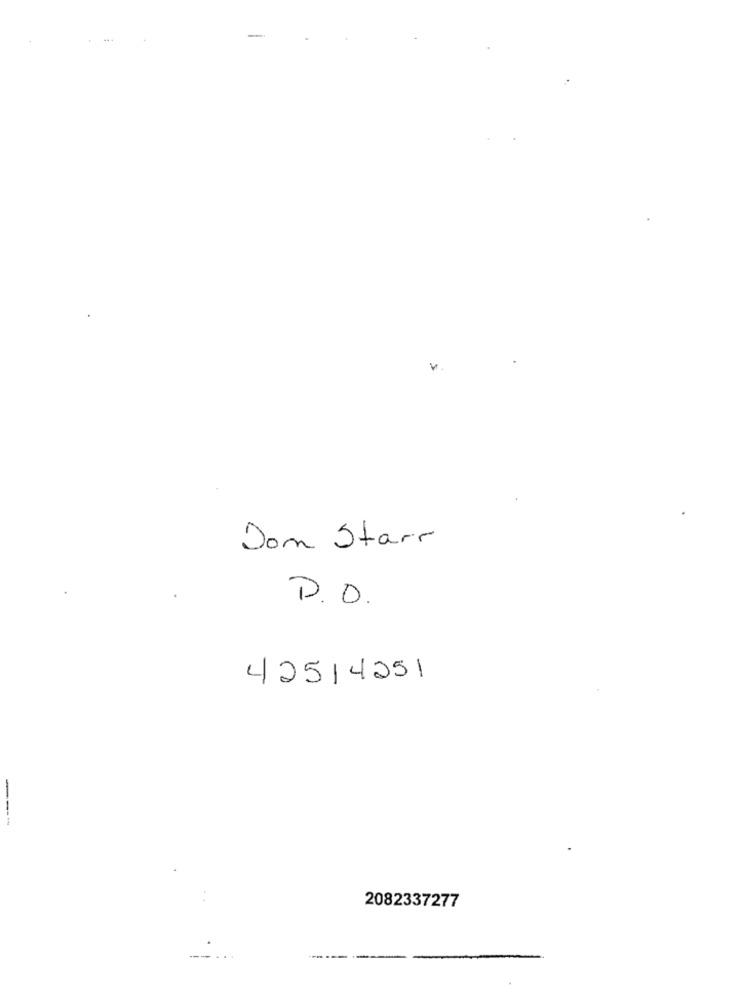
-
Don Starr
D.D.
42514251
---
2082337277
------